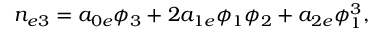
n _ { e 3 } = a _ { 0 e } \phi _ { 3 } + 2 a _ { 1 e } \phi _ { 1 } \phi _ { 2 } + a _ { 2 e } \phi _ { 1 } ^ { 3 } ,